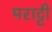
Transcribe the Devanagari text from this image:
मराट्टी